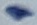
Text: 1